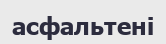
асфальтені